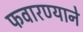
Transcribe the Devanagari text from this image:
फवारण्याने